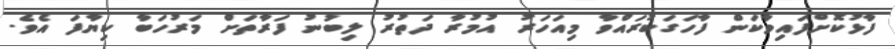
ފާޅުކޮށްފައިވާކަން ފާހަގަކުރައްވާ މިއަހަރު އުމުރާ ދަތުރު ލިބުނު ފަރާތަށް މަރުހަބާ ކިޔާފަ އެވެ.